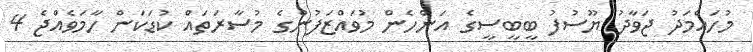
މުހައްމަދު ޖަވާދު ޔޫސުފު ބީބީސީގެ އަންހެން މުވައްޒަފުންގެ މުސާރަތައް ކުޑަކަން ހާމަވެއްޖެ 4